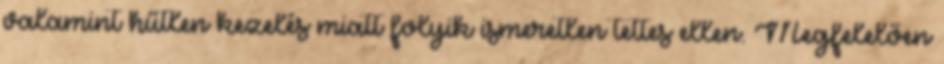
valamint hűtlen kezelés miatt folyik ismeretlen tettes ellen. Megfelelően